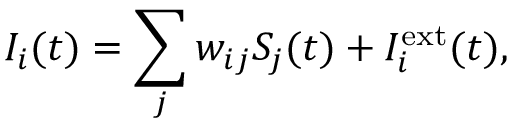
I _ { i } ( t ) = \sum _ { j } w _ { i j } S _ { j } ( t ) + I _ { i } ^ { \mathrm { e x t } } ( t ) ,